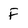
Character: F